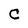
Character: c